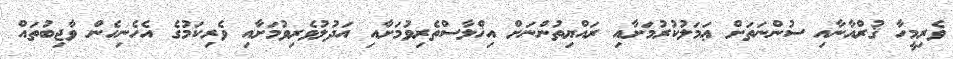
ވެރިމީހާ ޤުރްއާނާއި ސުންނަތަށް ޢަމަލުކުރުމަށާއި ރައްޔިތުންނަށް އިޚްލާސްތެރިވުމަށާއި އަދުލުވެރިވުމަށާއި ވެރިކަމުގެ އެހެނިހެން ވާޖިބުތައް